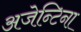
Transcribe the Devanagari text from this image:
अजेन्टिना